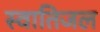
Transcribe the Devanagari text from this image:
स्वातिजल